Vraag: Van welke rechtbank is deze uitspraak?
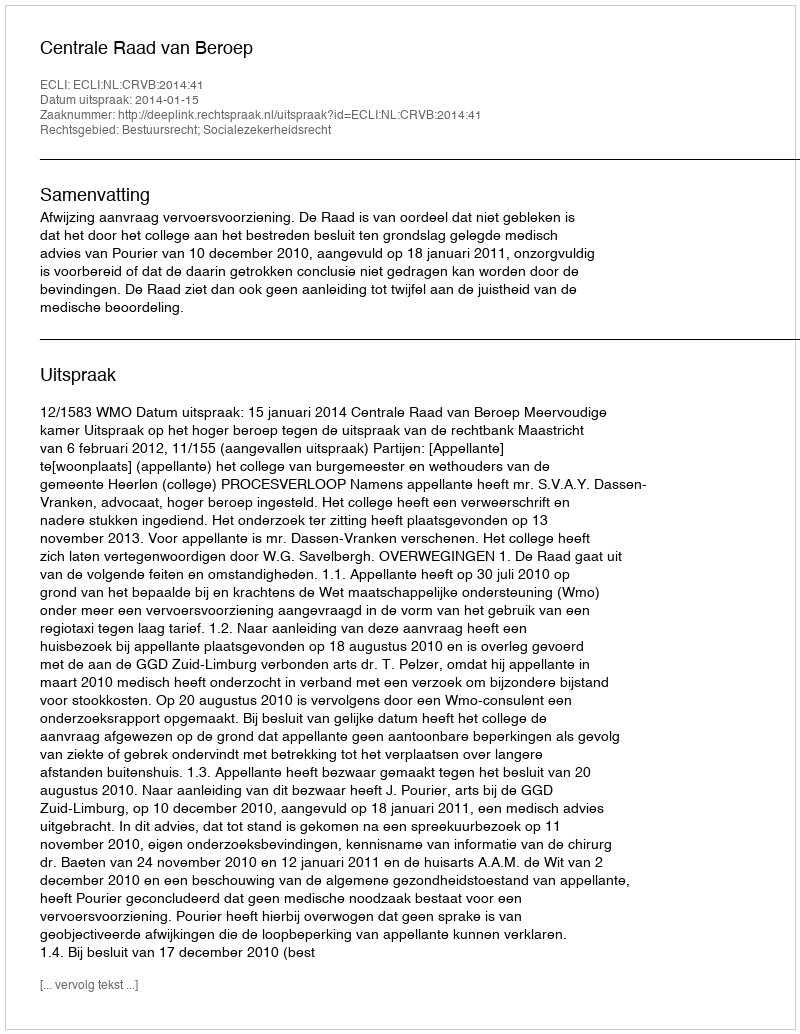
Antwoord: Centrale Raad van Beroep